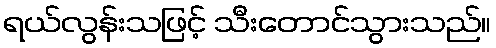
ရယ်လွန်းသဖြင့် သီးတောင်သွားသည်။